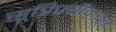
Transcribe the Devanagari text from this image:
सूत्रिज्यीमधून